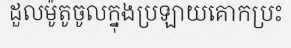
ដួលម៉ូតូចូលក្នុងប្រឡាយគោកប្រះ